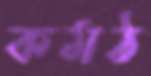
কমঠ